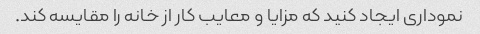
نموداری ایجاد کنید که مزایا و معایب کار از خانه را مقایسه کند.